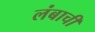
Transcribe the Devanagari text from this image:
लंबाची